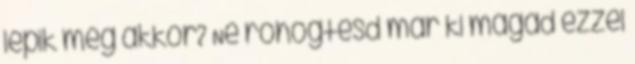
lépik meg akkor? Ne röhögtesd már ki magad ezzel